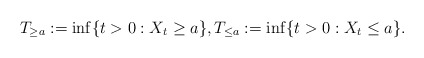
\begin{align*}T_{\geq a}:=\inf\{t>0: X_t\geq a\},T_{\leq a}:=\inf\{t>0:X_t\leq a\}. \end{align*}